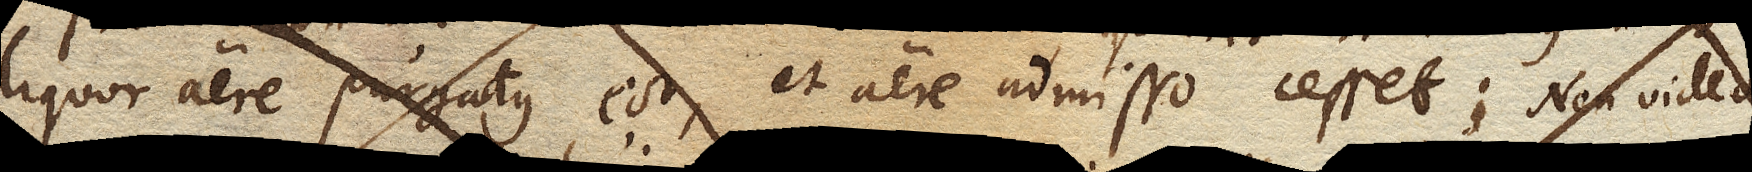
liquor aere purgatus est, et aere admisso cesset: Non video